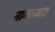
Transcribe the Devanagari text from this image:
नामाकार